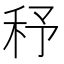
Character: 𥝱